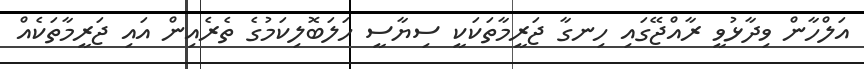
އަލްހާން ވިދާޅުވީ ރާއްޖޭގައި ހިނގާ ޖަރީމާތަކަކީ ސިޔާސީ ހަލަބޮލިކަމުގެ ތެރެއިން އައި ޖަރީމާތަކެއް